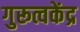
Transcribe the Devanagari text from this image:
गुरूत्वकेंद्र